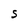
Character: S